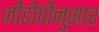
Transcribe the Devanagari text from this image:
जीडीपीनुसार